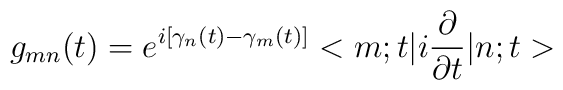
g_{mn}(t) = e^{i[\gamma_n(t) - \gamma_m(t)]}               <m;t|i\frac{\partial}{\partial t}|n;t>